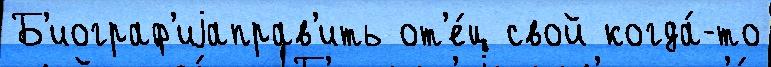
Б'иограф'иjаправ'ить от'е́ц свой когда́-то